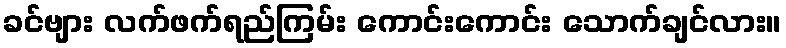
ခင်ဗျား လက်ဖက်ရည်ကြမ်း ကောင်းကောင်း သောက်ချင်လား။